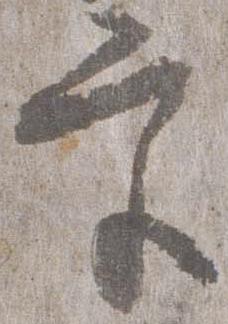
宮